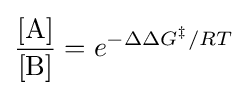
{\frac {[\mathrm {A} ]}{[\mathrm {B} ]}}=e^{-\Delta \Delta G^{\ddagger }/RT}